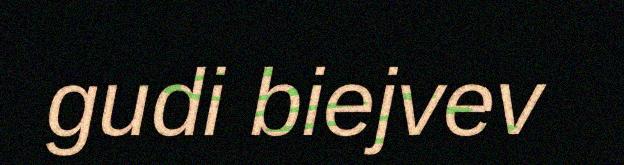
gudi biejvev